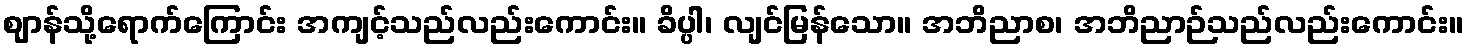
ဈာန်သို့ရောက်ကြောင်း အကျင့်သည်လည်းကောင်း။ ခိပ္ပါ၊ လျင်မြန်သော။ အဘိညာစ၊ အဘိညာဉ်သည်လည်းကောင်း။